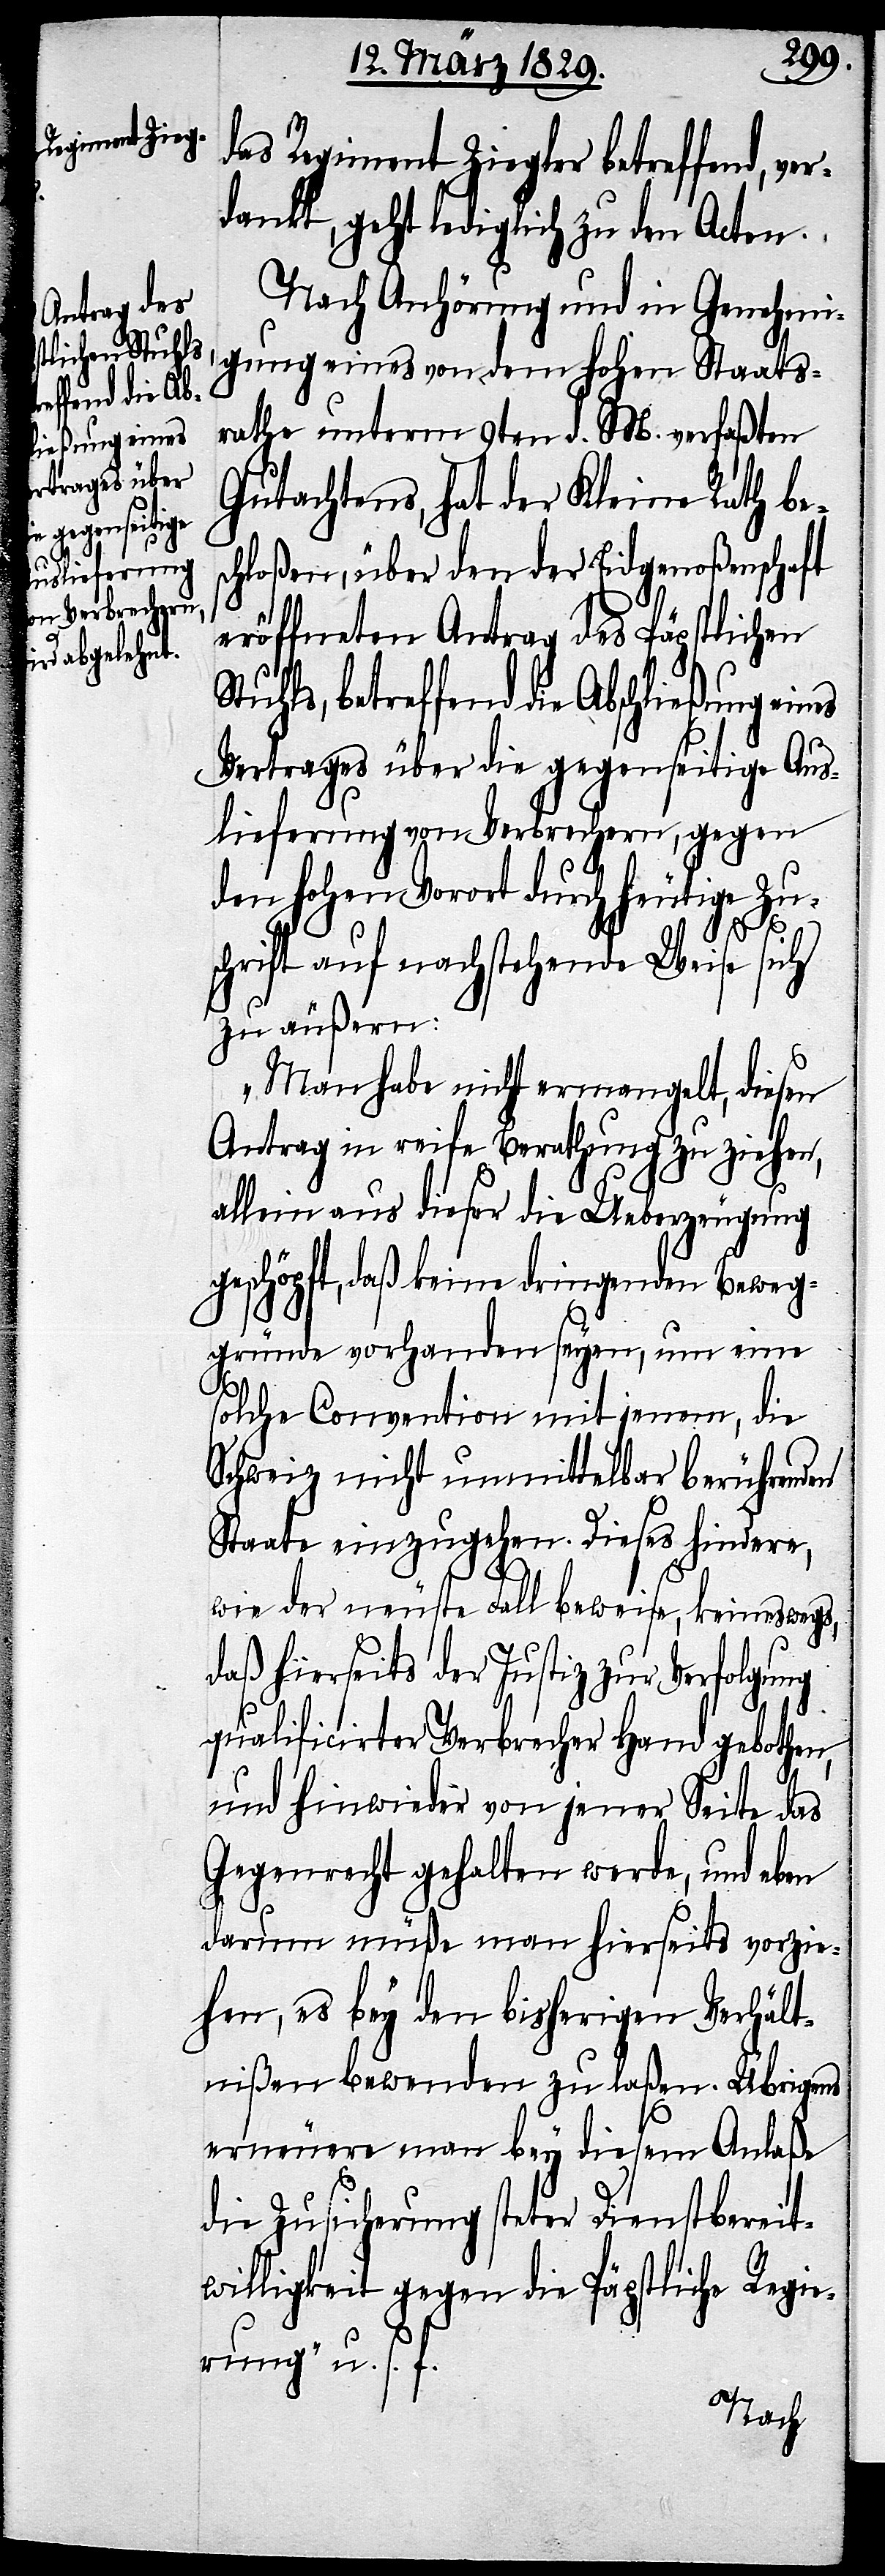
ließung eines

das Regiment Ziegler betreffend, ver¬
dankt, geht lediglich zu den Acten.
Nach Anhörung und in Genehmi¬
gung eines von dem hohen Staats¬
rathe unterm 9ten d. M. verfaßten
Gutachtens, hat der Kleine Rath bes¬
chloßen, über den der Eidgenoßenschaft
eröffneten Antrag des Päpstlichen
Stuhls, betreffend die Absch¬
Vertrages über die gegenseitige Aus¬
lieferung von Verbrechern, gegen
den hohen Vorort durch heutige Zu¬
schrift auf nachstehende Weise sich
zu äußern:
„Man habe nicht ermangelt, diesen
Antrag in reife Berathung zu ziehen,
allein aus dieser die Ueberzeugung
geschöpft, daß keine dringenden Beweg¬
gründe vorhanden seyen, um eine
solche Convention mit jenem, die
Schweiz nicht unmittelbar berührenden
Staats einzugehen. Dieses hindere,
wie der neuste Fall beweise, keineswegs,
daß hierseits der Justiz zur Verfolgung
qualificirter Verbrecher Hand gebothen,
und hinwieder von jener Seite das
Gegenrecht gehalten werde, und eben
darum müße man hierseits vorzie¬
hen, es bey den bisherigen Verhält¬
nißen bewenden zu laßen. Übrigens
erneuere man bey diesem Anlaße
die Zusicherung steter Dienstbereit¬
willigkeit gegen die Päpstliche Regie¬
rung“ u. s. f.